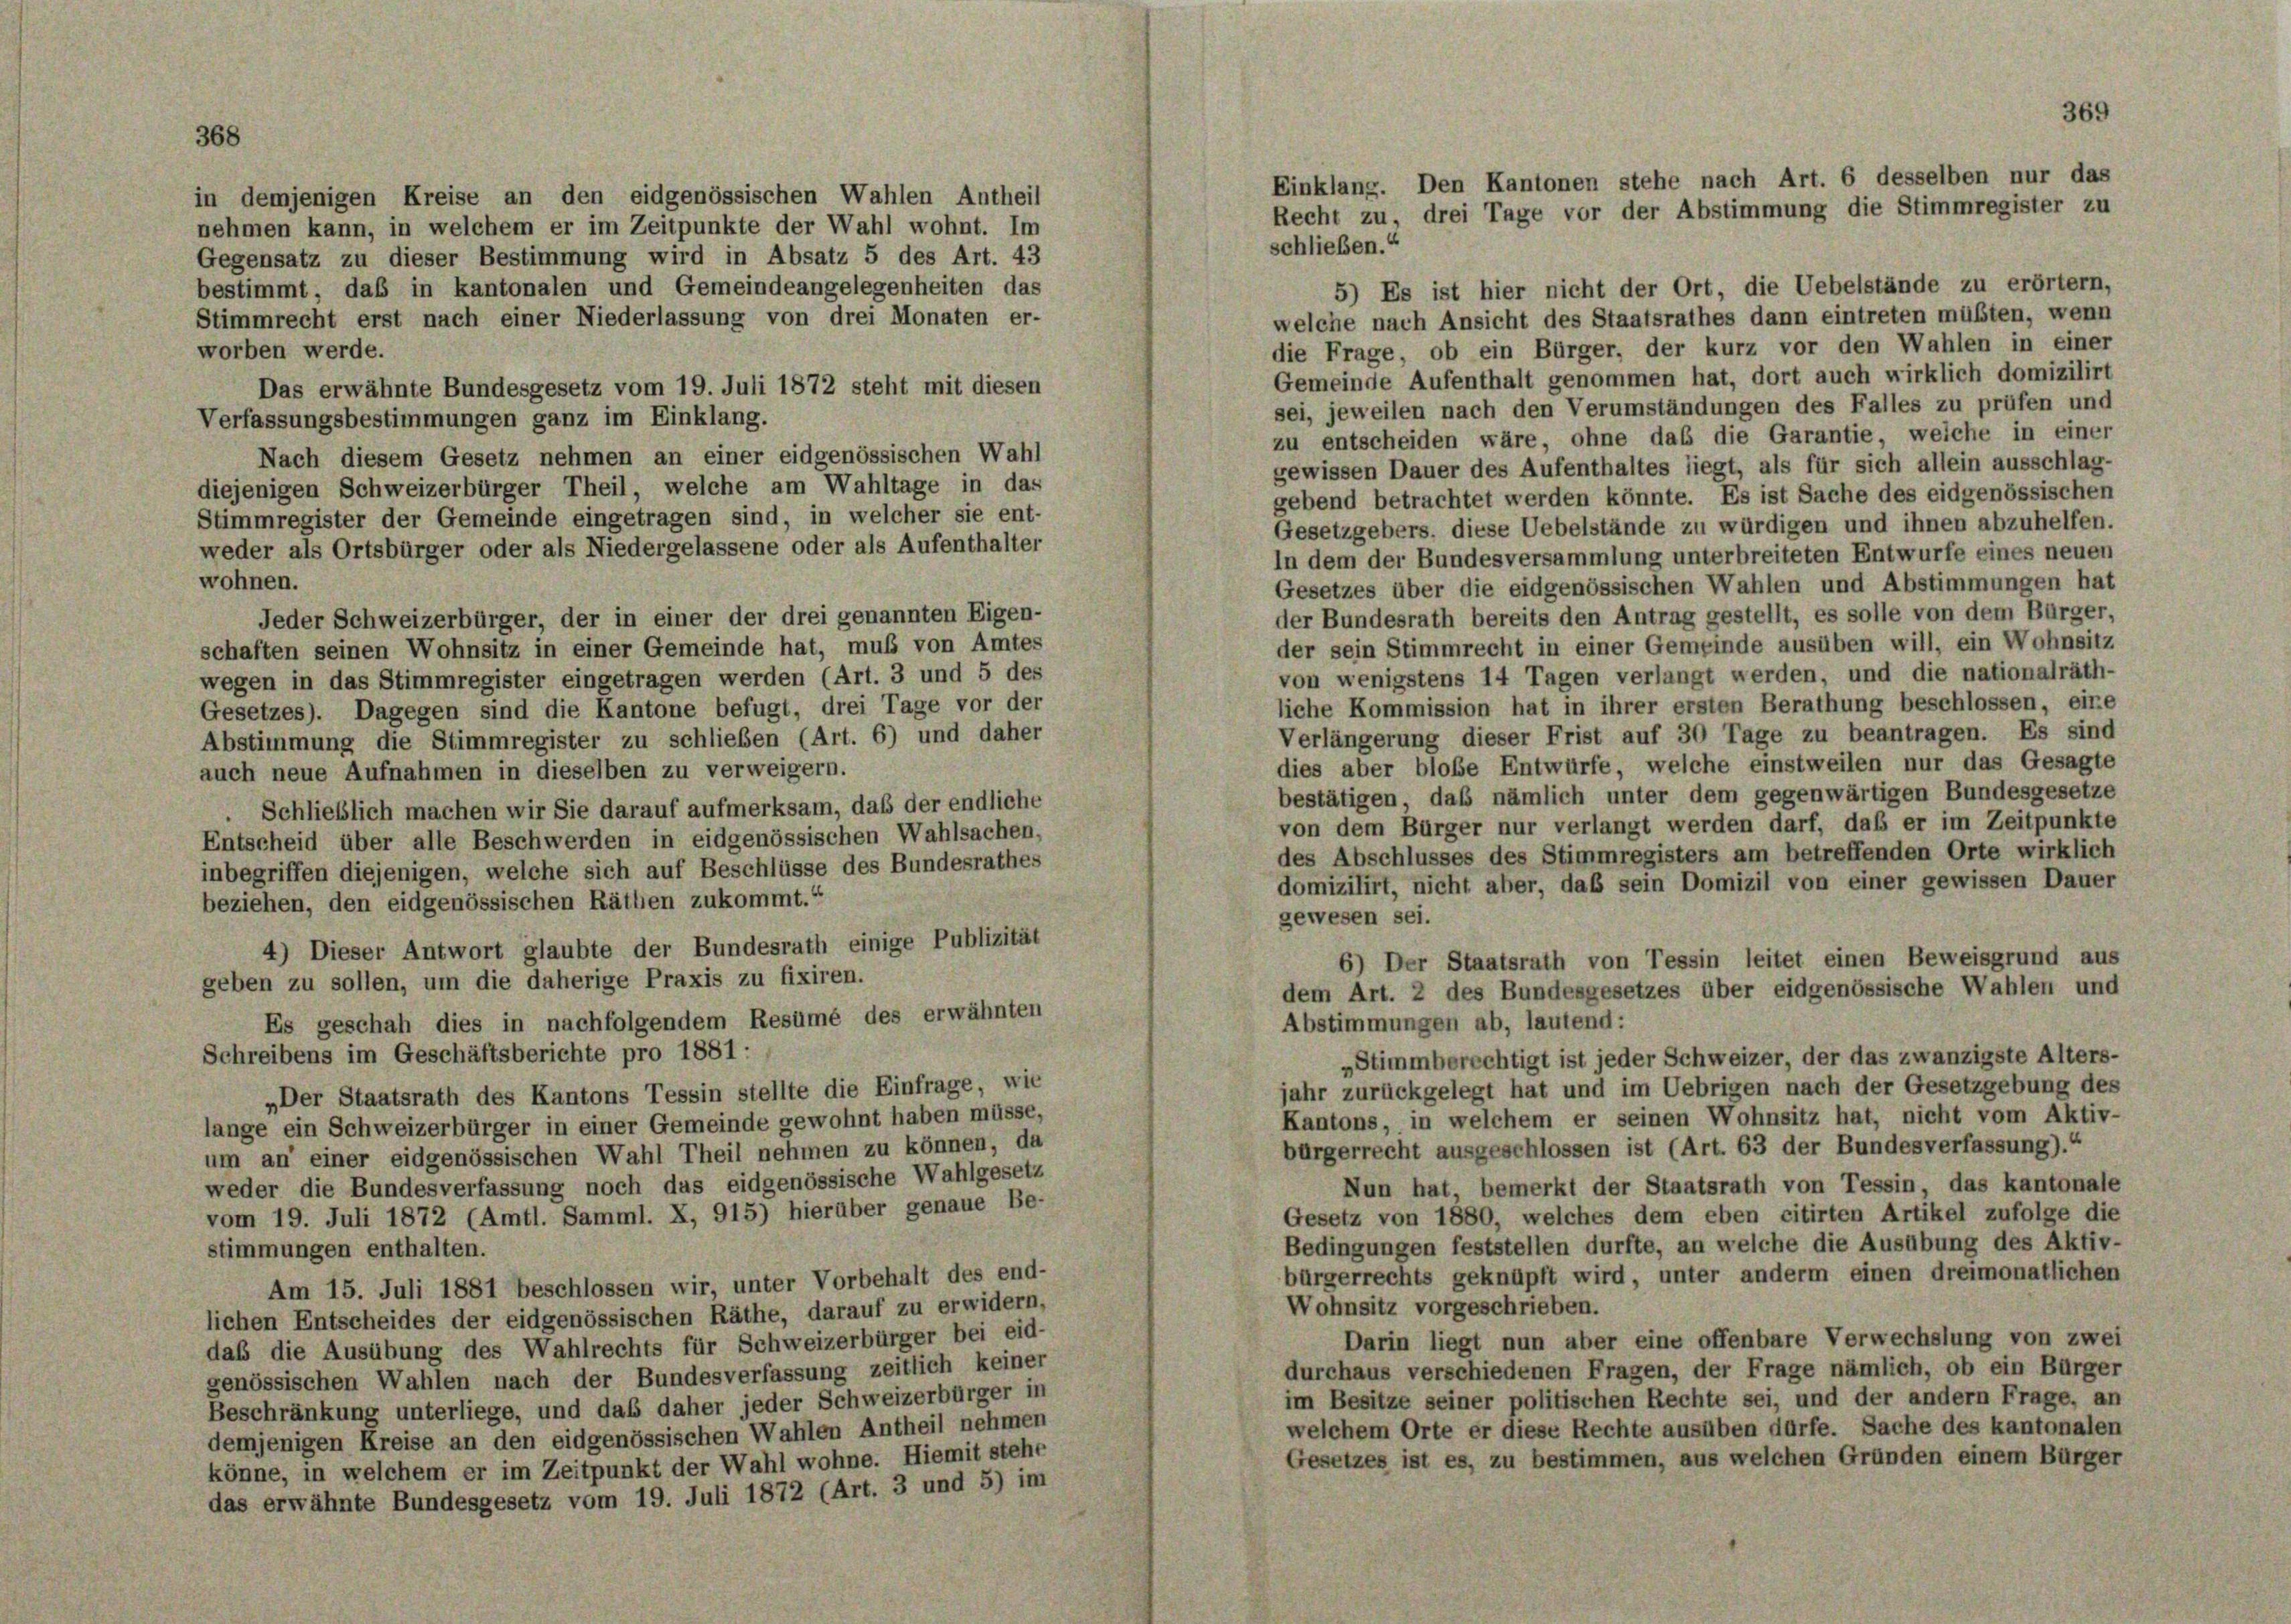
in demjenigen Kreise an den eidgenössischen Wahlen Antheil
nehmen kann, in welchem er im Zeitpunkte der Wahl wohnt. Im
schließen.“
Gegensatz zu dieser Bestimmung wird in Absatz 5 des Art. 43
bestimmt, daß in kantonalen und Gemeindeangelegenheiten das
5) Es ist hier nicht der Ort, die Uebelstände zu erörtern,
welche nach Ansicht des Staatsrathes dann eintreten müßten, wenn
Stimmrecht erst nach einer Niederlassung von drei Monaten er-
die Frage, ob ein Bürger, der kurz vor den Wahlen in einer
worben werde.
Gemeinde Aufenthalt genommen hat, dort auch wirklich domizilirt
Das erwähnte Bundesgesetz vom 19. Juli 1872 steht mit diesen
sei, jeweilen nach den Verumständungen des Falles zu prüfen und
Verfassungsbestimmungen ganz im Einklang.
zu entscheiden wäre, ohne das die Garantie, welche in einer
Nach diesem Gesetz nehmen an einer eidgenössischen Wahl
gewissen Dauer des Aufenthaltes liegt, als für sich allein ausschlag-
diejenigen Schweizerbürger Theil, welche am Wahltage in das
gebend betrachtet werden könnte. Es ist Sache des eidgenössischen
Stimmregister der Gemeinde eingetragen sind, in welcher sie ent-
Gesetzgebers, diese Uebelstände zu würdigen und ihnen abzuhelfen.
weder als Ortsbürger oder als Niedergelassene oder als Aufenthalter
In dem der Bundesversammlung unterbreiteten Entwurfe eines neuen
wohnen.
Gesetzes über die eidgenössischen Wahlen und Abstimmungen hat
der Bundesrath bereits den Antrag gestellt, es solle von dem Bürger,
Jeder Schweizerbürger, der in einer der drei genannten Eigen-
der sein Stimmrecht in einer Gemeinde ausüben will, ein Wohnsitz
schaften seinen Wohnsitz in einer Gemeinde hat, muß von Amtes
von wenigstens 14 Tagen verlangt werden, und die nationalräth-
wegen in das Stimmregister eingetragen werden (Art. 3 und 5 des
liche Kommission hat in ihrer ersten Berathung beschlossen, eine
Gesetzes). Dagegen sind die Kantone befugt, drei Tage vor der
Verlängerung dieser Frist auf 30 Tage zu beantragen. Es sind
Abstimmung die Stimmregister zu schlieben (Art. 6) und daher
dies aber bloße Entwürfe, welche einstweilen nur das Gesagte
auch neue Aufnahmen in dieselben zu verweigern.
bestätigen, daß nämlich unter dem gegenwärtigen Bundesgesetze
Schließlich machen wir Sie darauf aufmerksam, daß der endliche
von dem Bürger nur verlangt werden darf, daß er im Zeitpunkte
Entscheid über alle Beschwerden in eidgenössischen Wahlsachen,
des Abschlusses des Stimmregisters am betreffenden Orte wirklich
inbegriffen diejenigen, welche sich auf Beschlüsse des Bundesrathes
domizilirt, nicht aber, daß sein Domizil von einer gewissen Dauer
beziehen, den eidgenössischen Räthen zukommt.“
gewesen sei.
4) Dieser Antwort glaubte der Bundesrath einige Publizität
6) Der Staatsrath von Tessin leitet einen Beweisgrund aus
geben zu sollen, um die daherige Praxis zu fixiren.
dem Art. 2 des Bundesgesetzes über eidgenössische Wahlen und
Es geschah dies in nachfolgendem Resumé des erwähnten
Abstimmungen ab, lautend:
Schreibens im Geschäftsberichte pro 1881 :
„Stimmberechtigt ist jeder Schweizer, der das zwanzigste Alters-
jahr zurückgelegt hat und im Uebrigen nach der Gesetzgebung des
„Der Staatsrath des Kantons Tessin stellte die Einfrage, wie
Kantons, in welchem er seinen Wohnsitz hat, nicht vom Aktiv-
lange ein Schweizerbürger in einer Gemeinde gewohnt haben müsse,
bürgerrecht ausgeschlossen ist (Art. 63 der Bundesverfassung).“
um an einer eidgenössischen Wahl Theil nehmen zu können, da
weder die Bundesverfassung noch das eidgenössische Wahlgesetz
Nun hat, bemerkt der Staatsrath von Tessin, das kantonale
vom 19. Juli 1872 (Amtl. Samml. X, 915) hierüber genaue Be-
Gesetz von 1880, welches dem eben citirten Artikel zufolge die
Bedingungen feststellen durfte, an welche die Ausübung des Aktiv-
stimmungen enthalten.
bürgerrechts geknüpft wird, unter anderm einen dreimonatlichen
Am 15. Juli 1881 beschlossen wir, unter Vorbehalt des end-
Wohnsitz vorgeschrieben.
lichen Entscheides der eidgenössischen Räthe, darauf zu erwidern,
Darin liegt nun aber eine offenbare Verwechslung von zwei
daß die Ausübung des Wahlrechts für Schweizerbürger bei eid-
durchaus verschiedenen Fragen, der Frage nämlich, ob ein Bürger
genössischen Wahlen nach der Bundesverfassung zeitlich keiner
im Besitze seiner politischen Rechte sei, und der andern Frage, an
Beschränkung unterliege, und das daher jeder Schweizerbürger in
welchem Orte er diese Rechte ausüben dürfe. Sache des kantonalen
demjenigen Kreise an den eidgenössischen Wahlen Antheil nehmen
Gesetzes ist es, zu bestimmen, aus welchen Gründen einem Bürger
könne, in welchem er im Zeitpunkt der Wahl wohne. Hiemit stehe
das erwähnte Bundesgesetz vom 19. Juli 1872 (Art. 3 und 5) im

369
Einklang. Den Kantonen stehe nach Art. 6 desselben nur das
Recht zu, drei Tage vor der Abstimmung die Stimmregister zu